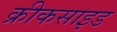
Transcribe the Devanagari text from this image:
क्रीकसाइड